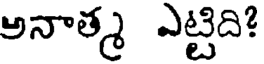
అనాత్మ ఎట్టిది!